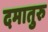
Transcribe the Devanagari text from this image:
दमातुरु